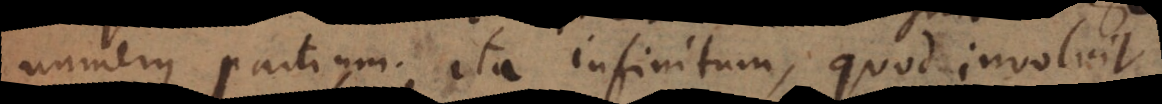
numerus partium, ita infinitum, quod involvit